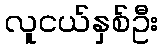
လူငယ်နှစ်ဦး